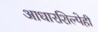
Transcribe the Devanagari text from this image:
आधारशिल्पेही